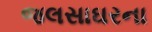
જલસાઘરના